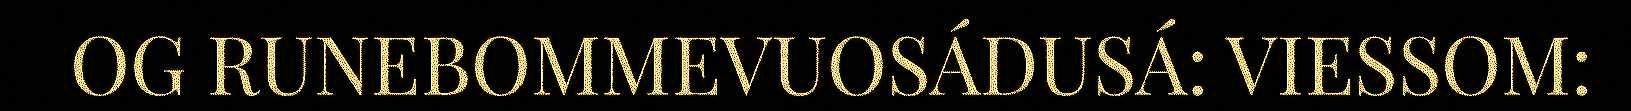
OG RUNEBOMMEVUOSÁDUSÁ: VIESSOM: